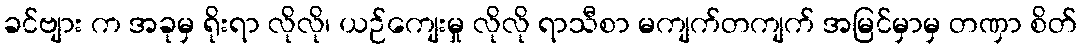
ခင်ဗျား က အခုမှ ရိုးရာ လိုလို၊ ယဉ်ကျေးမှု လိုလို ရာသီစာ မကျက်တကျက် အမြင်မှာမှ တဏှာ စိတ်